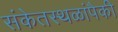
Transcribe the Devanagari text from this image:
संकेतस्थळांपैकी